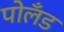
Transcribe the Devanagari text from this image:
पोलँड